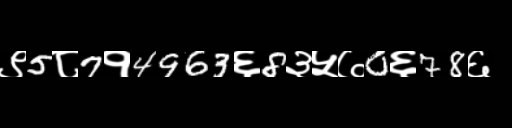
Text: ९5८7१4963६8३५७0६78६